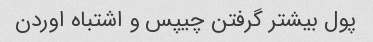
پول بیشتر گرفتن چیپس و اشتباه اوردن